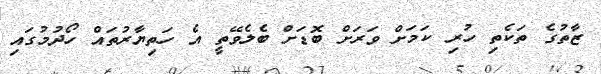
ޒާތުގެ ތަކެތި ހުރި ކަމަށް ވަރަށް ބޮޑަށް ބެލެވޭތީ އެ ހަތިޔާރުތައް ހޯދުމުގައި